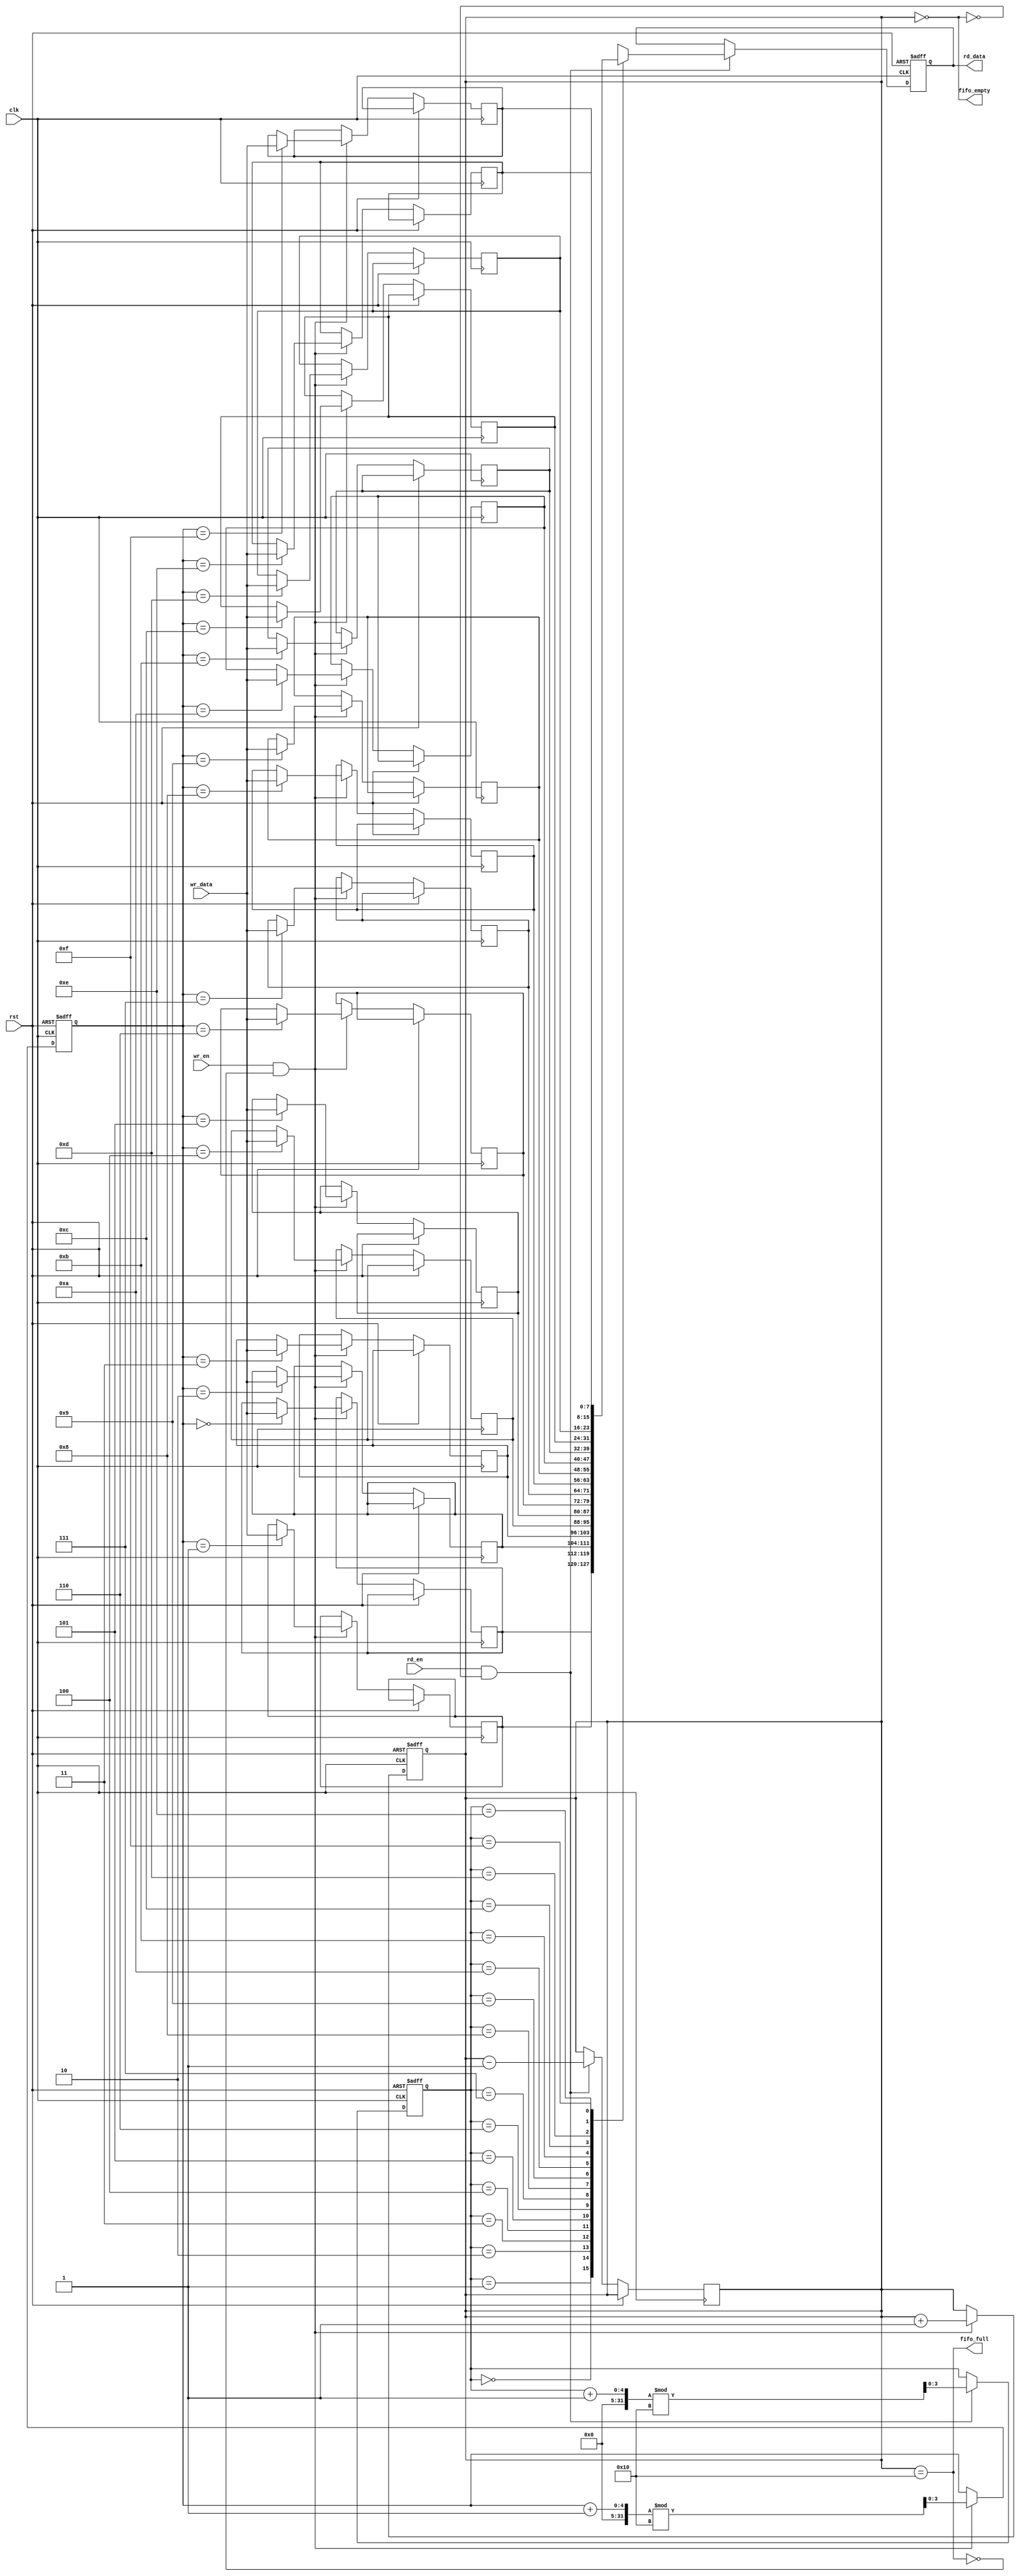
module multiport_fifo #(
    parameter DATA_WIDTH = 8,  // Width of each data entry
    parameter FIFO_DEPTH = 16   // Number of entries in the FIFO
)(
    input wire clk,
    input wire rst,
    
    // Write Port
    input wire [DATA_WIDTH-1:0] wr_data,
    input wire wr_en,
    output wire fifo_full,
    
    // Read Port
    input wire rd_en,
    output reg [DATA_WIDTH-1:0] rd_data,
    output wire fifo_empty
);

    // Memory array
    reg [DATA_WIDTH-1:0] fifo_mem [0:FIFO_DEPTH-1];
    
    // Pointers
    reg [clog2(FIFO_DEPTH)-1:0] wr_ptr;
    reg [clog2(FIFO_DEPTH)-1:0] rd_ptr;
    reg [clog2(FIFO_DEPTH):0] count; // To keep track of the number of items in the FIFO

    // Full and empty flags
    assign fifo_full = (count == FIFO_DEPTH);
    assign fifo_empty = (count == 0);

    // Write Logic
    always @(posedge clk or posedge rst) begin
        if (rst) begin
            wr_ptr <= 0;
            count <= 0;
        end else if (wr_en && !fifo_full) begin
            fifo_mem[wr_ptr] <= wr_data;
            wr_ptr <= (wr_ptr + 1) % FIFO_DEPTH;
            count <= count + 1;
        end
    end

    // Read Logic
    always @(posedge clk or posedge rst) begin
        if (rst) begin
            rd_ptr <= 0;
            rd_data <= 0;
        end else if (rd_en && !fifo_empty) begin
            rd_data <= fifo_mem[rd_ptr];
            rd_ptr <= (rd_ptr + 1) % FIFO_DEPTH;
            count <= count - 1;
        end
    end

    // Function to calculate log2
    function integer clog2(input integer value);
        begin
            value = value - 1;
            for (clog2 = 0; value > 0; clog2 = clog2 + 1)
                value = value >> 1;
        end
    endfunction

endmodule